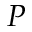
P